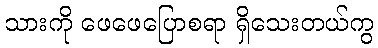
သားကို ဖေဖေပြောစရာ ရှိသေးတယ်ကွ